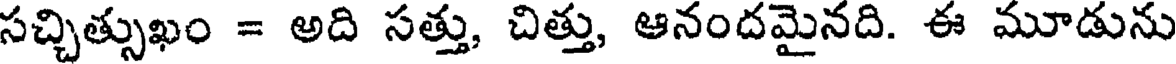
సచ్చిత్సుఖం = అది సత్తు, చిత్తు, ఆనందమైనది. ఈ మూడును